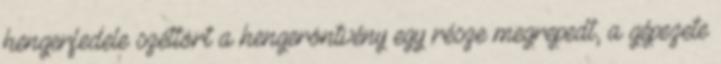
hengerfedele széttört a hengeröntvény egy része megrepedt, a gépezete